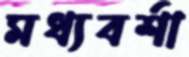
মধ্যবর্শা